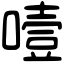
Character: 噎